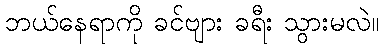
ဘယ်နေရာကို ခင်ဗျား ခရီး သွားမလဲ။